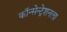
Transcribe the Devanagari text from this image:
कॉन्सेन्ट्रेशनला